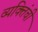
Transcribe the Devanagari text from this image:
व्यक्तिंची